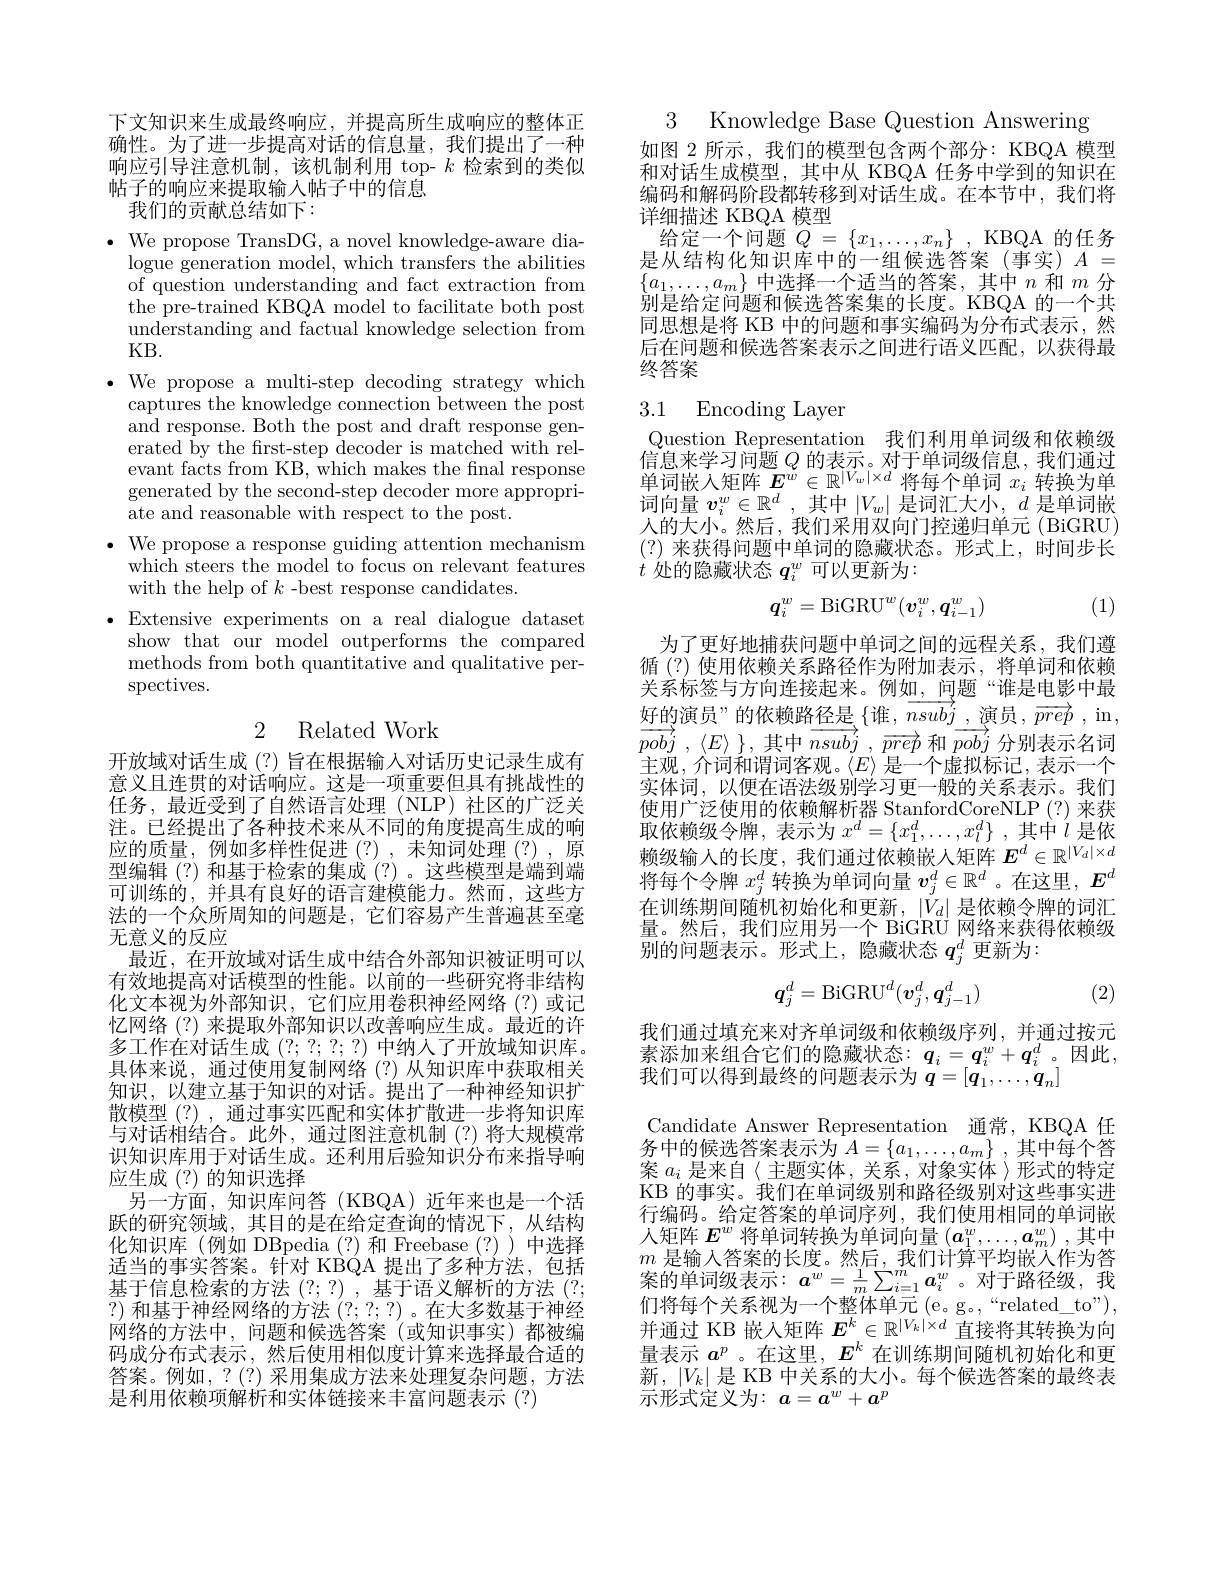
下文知识来生成最终响应，并提高所生成响应的整体正确性。为了进一步提高对话的信息量，我们提出了一种响应引导注意机制，该机制利用 top- $k$检索到的类似帖子的响应来提取输入帖子中的信息
我们的贡献总结如下：

$\bullet$ We propose TransDG, a novel knowledge-aware dia-
logue generation model, which transfers the abilities of question understanding and fact extraction from the pre-trained KBQA model to facilitate both post understanding and factual knowledge selection from KB.
$\bullet$ We propose a multi-step decoding strategy which
captures the knowledge connection between the post and response. Both the post and draft response generated by the frst-step decoder is matched with relevant facts from KB, which makes the fnal response generated by the second-step decoder more appropriate and reasonable with respect to the post.
$\cdot$ We propose a response guiding attention mechanism
which steers the model to focus on relevant features
with the help of $k$ -best response candidates.
$\bullet$Extensive experiments on a real dialogue dataset
show that our model outperforms the compared methods from both quantitative and qualitative per- $\operatorname{spectives.}$

## 2 Related Work

开放域对话生成(?)旨在根据输入对话历史记录生成有意义且连贯的对话响应。这是一项重要但具有挑战性的任务，最近受到了自然语言处理(NLP)社区的广泛关注。已经提出了各种技术来从不同的角度提高生成的响应的质量，例如多样性促进(?),未知词处理(?),原型编辑 (?) 和基于检索的集成 (?)。这些模型是端到端可训练的，并具有良好的语言建模能力。然而，这些方法的一个众所周知的问题是，它们容易产生普遍甚至毫无意义的反应
最近，在开放域对话生成中结合外部知识被证明可以有效地提高对话模型的性能。以前的一些研究将非结构化文本视为外部知识，它们应用卷积神经网络(?)或记忆网络(?)来提取外部知识以改善响应生成。最近的许多工作在对话生成(?;?;?;?)中纳人了开放域知识库。具体来说，通过使用复制网络(?)从知识库中获取相关知识，以建立基于知识的对话。提出了一种神经知识扩散模型(?),通过事实匹配和实体扩散进一步将知识库与对话相结合。此外，通过图注意机制 (?)将大规模常识知识库用于对话生成。还利用后验知识分布来指导响应生成(?)的知识选择
另一方面，知识库问答(KBQA)近年来也是一个活跃的研究领域，其目的是在给定查询的情况下，从结构化知识库(例如 DBpedia(?)和 Freebase(?))中选择适当的事实答案。针对 KBQA 提出了多种方法，包括基于信息检索的方法 (?;?) ,基于语义解析的方法 (?; ?) 和基于神经网络的方法 (?;?;?) 。在大多数基于神经网络的方法中，问题和候选答案(或知识事实)都被编码成分布式表示，然后使用相似度计算来选择最合适的答案。例如，?(?)采用集成方法来处理复杂问题，方法是利用依赖项解析和实体链接来丰富问题表示(?)

3 Knowledge Base Question Answering
如图 2 所示，我们的模型包含两个部分：KBQA 模型和对话生成模型，其中从 KBQA 任务中学到的知识在编码和解码阶段都转移到对话生成。在本节中，我们将详细描述 KBQA 模型
给定一个问题$Q$ = $\{ x_1, \ldots , x_n\}$ , KBQA 的任务是从结构化知识库中的一组候选答案(事实)$A=$ $\{a_{1},\ldots,a_{m}\}$中选择一个适当的答案，其中$n$和$m$分别是给定问题和候选答案集的长度。KBQA 的一个共同思想是将 KB 中的问题和事实编码为分布式表示，然后在问题和候选答案表示之间进行语义匹配，以获得最终答案

# 3.1 Encoding Layer

Question Representation 我们利用单词级和依赖级信 息 来 学 习 问 题 $Q$ 的 表 示 。对 于 单 词 级 信 息 , 我 们 通 过 单 词 嵌 入 矩 阵 $E^w\in \mathbb{R} ^{| V_w| \times d}$将 每 个 单 词 $x_i$ 转 换 为 单词向量$v_i^w\in\mathbb{R}^d$ ,其中$|V_w|$是词汇大小，$d$是单词嵌人的大小。然后，我们采用双向门控递归单元(BiGRU) (?)来获得问题中单词的隐藏状态。形式上，时间步长$t$处的隐藏状态$q_i^w$可以更新为：
$$q_i^w=\mathrm{BiGRU}^w(\boldsymbol{v}_i^w,\boldsymbol{q}_{i-1}^w)$$
(1)

为了更好地捕获问题中单词之间的远程关系，我们遵循(?)使用依赖关系路径作为附加表示，将单词和依赖关系标签与方向连接起来。例如，问题“谁是电影中最好的演员”的依赖路径是 $\{$谁，$\overline {n}sub{j}$ ,演员，$\overline {p}rep$ ,in, $\overrightarrow {pobj}$ , $\langle E\rangle$ $\}$ , 其中 $\overrightarrow {nsubj}$ , $\overrightarrow {prep}$ 和 $\overrightarrow {pobj}$ 分别表示名词主观，介词和谓词客观。$\langle E\rangle$是一个虚拟标记，表示一个实体词，以便在语法级别学习更一般的关系表示。我们使用广泛使用的依赖解析器 StanfordCoreNLP(?)来获取依赖级令牌，表示为$x^d=\{x_1^d,\ldots,x_l^d\}$ ,其中$l$是依赖级输入的长度，我们通过依赖嵌入矩阵$E^d\in\mathbb{R}^{|V_d|\times d}$ 将每个令牌$x_i^d$转换为单词向量$v_j^d\in\mathbb{R}^d$ 。在这里，$E^d$ 在训练期间随机初始化和更新，$\left|V_d\right|$是依赖令牌的词汇量。然后，我们应用另一个 BiGRU 网络来获得依赖级$\overline{\text{别的问题表示。形式上，隐藏状态 }q_j^d}$更新为：
$$\boldsymbol{q}_j^d=\mathrm{BiGRU}^d(\boldsymbol{v}_j^d,\boldsymbol{q}_{j-1}^d)$$
(2)

我们通过填充来对齐单词级和依赖级序列，并通过按元$\begin{array}{l}\text{素添加来组合它们的隐藏状态：}&q_i=q_i^w+q_i^d\text{。因此}\\\text{我们可以得到最终的问题表示为 }&q=[q_1,\ldots,q_n]\end{array}$ Candidate Answer Representation 通常，KBQA 任务中的候选答案表示为$A=\{a_1,\ldots,a_m\}$ ,其中每个答案$a_i$是来自〈主题实体，关系，对象实体〉形式的特定KB 的事实。我们在单词级别和路径级别对这些事实进行编码。给定答案的单词序列，我们使用相同的单词嵌人矩阵$E^w$将单词转换为单词向量$(a_1^w,\ldots,a_m^w)$ ,其中$m$是输入答案的长度。然后，我们计算平均嵌入作为答案 的 单 词 级 表 示 $: \boldsymbol{a}^w= \frac 1m\sum _{i= 1}^m\boldsymbol{a}_i^w$ 。对 于 路 径 级 , 我 幻 收 后 人 为 否 识们将每个关系视为一个整体单元 (e。g。,“related\_to”), 并通过 KB 嵌入矩阵$E^k\in\mathbb{R}^{|V_k|\times d}$直接将其转换为向量表示$a^p$ 。在这里，$E^k$在训练期间随机初始化和更$\overline{\text{新，}}|V_k|$是 KB 中关系的大小。每个候选答案的最终表示形式定义为：$a=a^w+a^p$